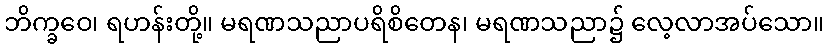
ဘိက္ခဝေ၊ ရဟန်းတို့။ မရဏသညာပရိစိတေန၊ မရဏသညာ၌ လေ့လာအပ်သော။